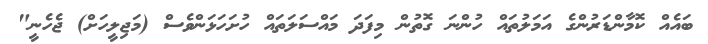
ބައެއް ކޮމާންޑަރުންގެ އަމަލުތައް ހުންނަ ގޮތުން މިފަދަ މައްސަލަތައް ހުށަހަޅަންވެސް (މަޖިލީހަށް) ޖެހެނީ"